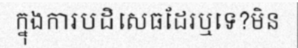
ក្នុងការបដិសេធដែរឬទេ?មិន